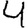
Digit: 4